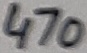
Text: 470